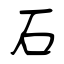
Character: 石